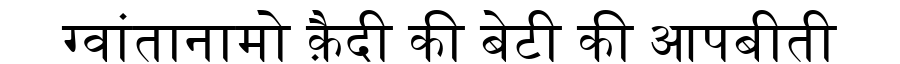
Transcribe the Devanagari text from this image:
ग्वांतानामो क़ैदी की बेटी की आपबीती